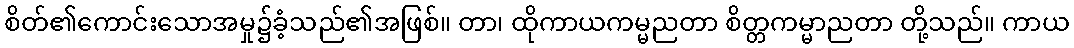
စိတ်၏ကောင်းသောအမှု၌ခံ့သည်၏အဖြစ်။ တာ၊ ထိုကာယကမ္မညတာ စိတ္တကမ္မာညတာ တို့သည်။ ကာယ